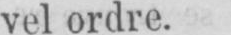
vel ordre.